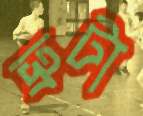
ভ্রুটা